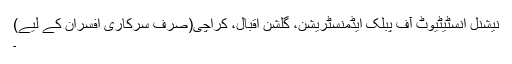
نیشنل انسٹیٹیوٹ آف پبلک ایڈمنسٹریشن، گلشن اقبال، کراچی(صرف سرکاری افسران کے لیے)
۔